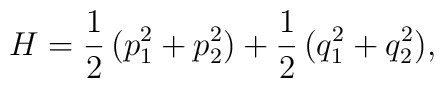
H=\frac{1}{2}\,(p_1^2+p_2^2)+\frac{1}{2}\,(q_1^2+q_2^2),